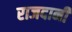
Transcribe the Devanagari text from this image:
राजदानी